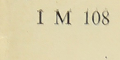
1 M 108